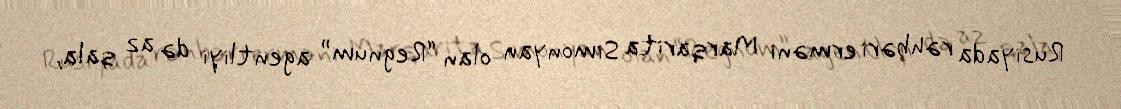
Rusiyada rəhbəri erməni Marqarita Simonyan olan “Regnum” agentliyi də az qala,